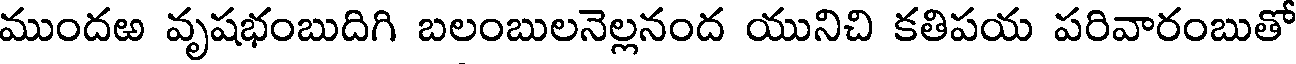
ముందఱ వృషభంబుదిగి బలంబులనెల్లనంద యునిచి కతిపయ పరివారంబుతో